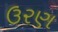
ઉરણ